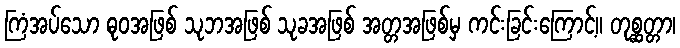
ကြံအပ်သော ဓုဝအဖြစ် သုဘအဖြစ် သုခအဖြစ် အတ္တအဖြစ်မှ ကင်းခြင်းကြောင့်။ တုစ္ဆတ္တာ၊